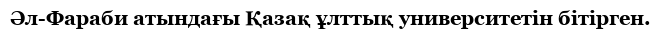
Әл-Фараби атындағы Қазақ ұлттық университетін бітірген.